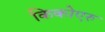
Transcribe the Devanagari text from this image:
किकोएरु